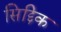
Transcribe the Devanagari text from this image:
सिद्दिक